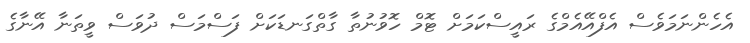
އެހެންނަމަވެސް އެފްއޭއެމްގެ ރައީސްކަމަށް ޓޮމް ހޮވުނުތާ ގާތްގަނޑަކަށް ފަސްމަސް ދުވަސް ވީތަނާ އޭނާގެ